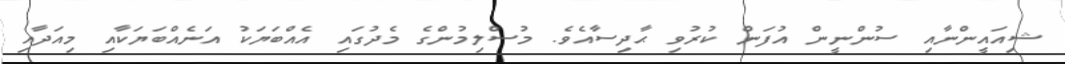
ޝިއައީންނާއި ސުންނީން އުފަން ކުރުވި ޙާދިސާއެވެ. މުސްލިމުންގެ މެދުގައި އެއްބަޔަކު އަނެއްބަޔަކާއި މިއަދާއި